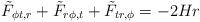
\begin{align*}{\tilde F}_{\phi t,r}+{\tilde F}_{r\phi,t}+{\tilde F}_{tr,\phi}=-2Hr\end{align*}